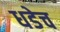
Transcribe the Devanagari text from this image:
धडेच